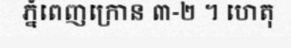
ភ្នំពេញក្រោន ៣-២ ។ ហេតុ